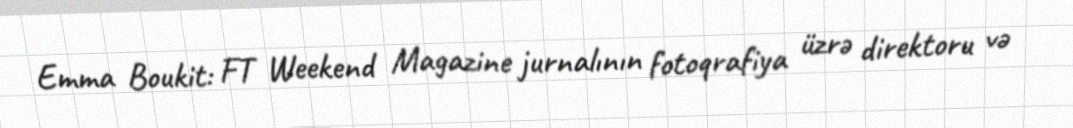
Emma Boukit: FT Weekend Magazine jurnalının fotoqrafiya üzrə direktoru və